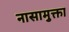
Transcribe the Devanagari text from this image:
नासामुक्ता